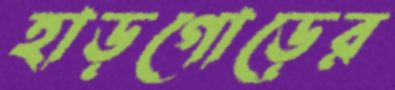
হাড়গোড়ের